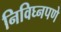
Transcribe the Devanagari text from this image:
निविघ्नपणे